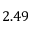
2 . 4 9